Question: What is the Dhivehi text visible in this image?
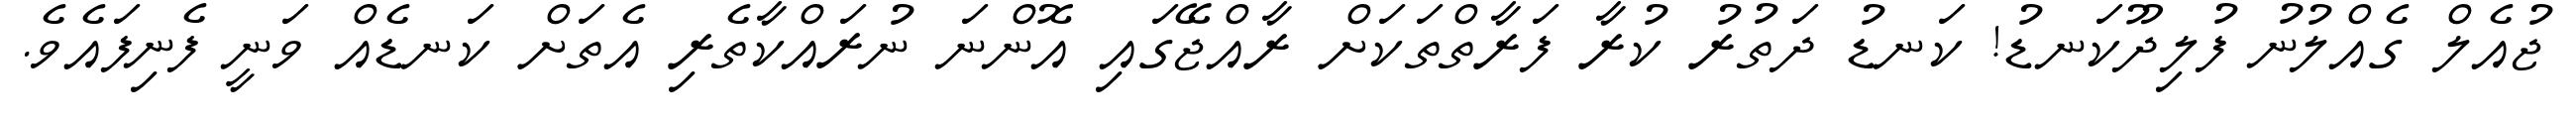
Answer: ޖުއެލް ގެއްލުނު ފުލިދޫކަނޑު! ކަނޑު ދަތުރު ކުރާ ފަރާތްތަކަށް ރާއްޖޭގައި އޮންނަ ނުރައްކާތެރި އެތަށް ކަނޑެއް ވަނީ ފެނިފައެވެ.